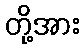
တို့အား